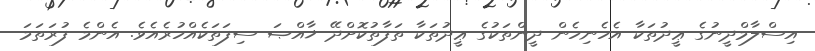
އިސްލާމްދީނުގެ ޢީދުތަކާ އެހެނިހެން ދީންތަކުގެ ޢީދުތަކާ ތަފާތުކޮށްދޭ ޚާއްޞަ ސިފަތަކެއްހުރެއެވެ. އެންމެ ފުރަތަމަ